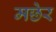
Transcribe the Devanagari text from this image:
मछेर